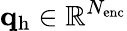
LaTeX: \mathbf{q}_{\mathrm{h}}\in\mathbb{R}^{N_{\mathrm{enc}}}